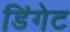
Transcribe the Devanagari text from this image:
डिंगेट